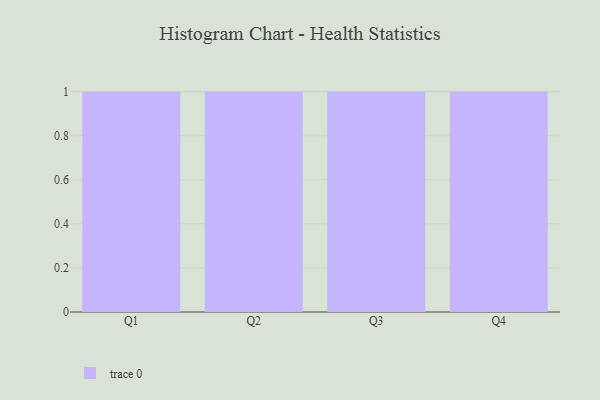
{"axis": {"x": "Quarter", "y": "Inventory Turnover"}, "legend": [""], "data": [{"x": "Q1", "y": 63, "type": ""}, {"x": "Q2", "y": 76, "type": ""}, {"x": "Q3", "y": 63, "type": ""}, {"x": "Q4", "y": 99, "type": ""}]}